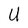
Character: U